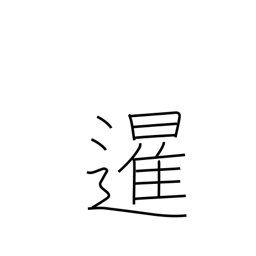
Meaning: sunrise